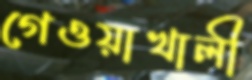
গেওয়াখালী